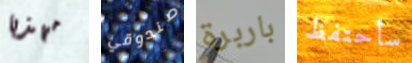
مهذبا صندوقي باربرة سأحتفظ